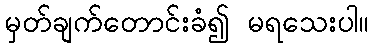
မှတ်ချက်တောင်းခံ၍ မရသေးပါ။